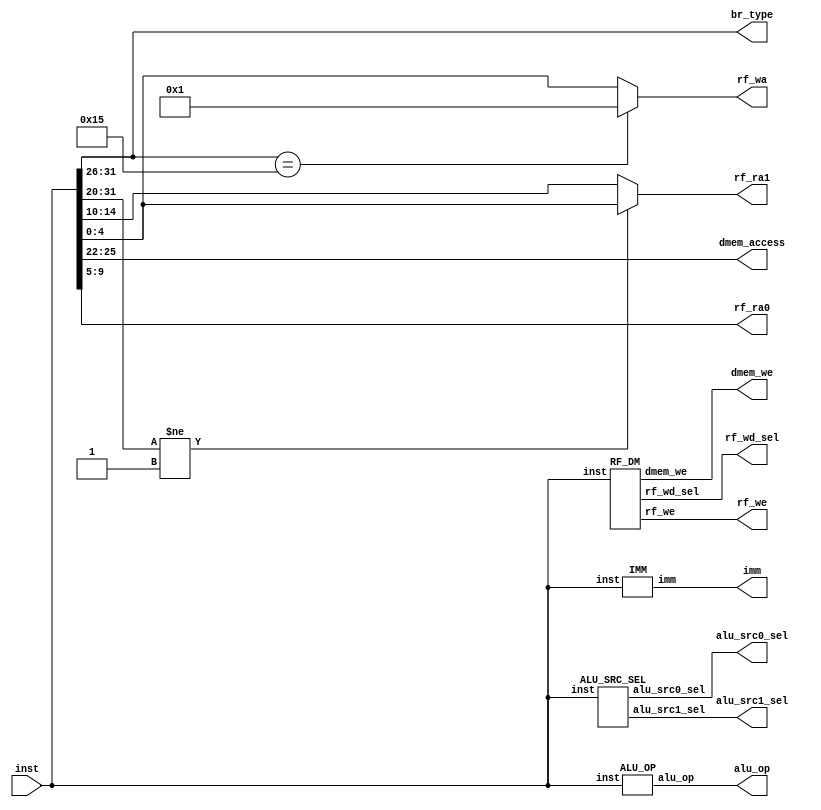
`define ADD_W       17'b0000_0000_0001_0000_0
`define ADDI_W      17'b0000_0010_10zz_zzzz_z
`define SUB_W       17'b0000_0000_0001_0001_0
`define SLT_        17'b0000_0000_0001_0010_0
`define SLTU_       17'b0000_0000_0001_0010_1
`define AND_        17'b0000_0000_0001_0100_1
`define OR_         17'b0000_0000_0001_0101_0
`define XOR_        17'b0000_0000_0001_0101_1
`define SLL_W       17'b0000_0000_0001_0111_0
`define SRL_W       17'b0000_0000_0001_0111_1
`define SRA_W       17'b0000_0000_0001_1000_0
`define SLLI_W      17'b0000_0000_0100_00_001
`define SRLI_W      17'b0000_0000_0100_01_001
`define SRAI_W      17'b0000_0000_0100_10_001
`define SLTI_       17'b0000_0010_00zz_zzzz_z
`define SLTUI_      17'b0000_0010_01zz_zzzz_z
`define ANDI_       17'b0000_0011_01zz_zzzz_z
`define ORI_        17'b0000_0011_10zz_zzzz_z
`define XORI_       17'b0000_0011_11zz_zzzz_z

`define LU12I_W     17'b0001_010z_zzzz_zzzz_z
`define PCADDU12I   17'b0001_110z_zzzz_zzzz_z

`define LD_B        17'b0010_1000_00zz_zzzz_z
`define LD_H        17'b0010_1000_01zz_zzzz_z
`define LD_W        17'b0010_1000_10zz_zzzz_z
`define ST_B        17'b0010_1001_00zz_zzzz_z
`define ST_H        17'b0010_1001_01zz_zzzz_z
`define ST_W        17'b0010_1001_10zz_zzzz_z
`define LD_BU       17'b0010_1010_00zz_zzzz_z
`define LD_HU       17'b0010_1010_01zz_zzzz_z
      
`define JIRL        17'b0100_11zz_zzzz_zzzz_z

`define B           17'b0101_00zz_zzzz_zzzz_z
`define BL          17'b0101_01zz_zzzz_zzzz_z

`define BEQ         17'b0101_10zz_zzzz_zzzz_z
`define BNE         17'b0101_11zz_zzzz_zzzz_z
`define BLT         17'b0110_00zz_zzzz_zzzz_z
`define BGE         17'b0110_01zz_zzzz_zzzz_z
`define BLTU        17'b0110_10zz_zzzz_zzzz_z
`define BGEU        17'b0110_11zz_zzzz_zzzz_z

// logic type
`define none                5'b11111

`define ADD                 5'B00000    
`define SUB                 5'B00010   
`define SLT                 5'B00100
`define SLTU                5'B00101
`define AND                 5'B01001
`define OR                  5'B01010
`define XOR                 5'B01011
`define SLL                 5'B01110   
`define SRL                 5'B01111    
`define SRA                 5'B10000  
`define SRC0                5'B10001
`define SRC1                5'B10010

module DECODER (
    input                   [31 : 0]            inst,

    output                  [ 4 : 0]            alu_op,

    output                  [ 3 : 0]            dmem_access,

    output                  [31 : 0]            imm,

    output                  [ 4 : 0]            rf_ra0,//rj
    output                  [ 4 : 0]            rf_ra1,//rkrd
    output                  [ 4 : 0]            rf_wa,
    output                  [ 0 : 0]            rf_we,
    output                  [ 1 : 0]            rf_wd_sel,

    output                  [ 0 : 0]            dmem_we,

    output                  [ 0 : 0]            alu_src0_sel,
    output                  [ 0 : 0]            alu_src1_sel,

    output                  [ 5 : 0]            br_type
);
    ALU_OP my_alu_op(
        .inst(inst),
        .alu_op(alu_op)
    );
    assign dmem_access = inst[25:22];
    IMM my_imm(
        .inst(inst),
        .imm(imm)
    );
    //rkra1rd
    assign rf_ra1 = (inst[31:20]!=12'b0000_0000_0001)?inst[4:0]:inst[14:10];
    //rjrj
    assign rf_ra0 = inst[9:5];
    //BL,rd1
    assign rf_wa = (inst[31:26]==6'b0101_01)?5'b1:inst[4:0];
    RF_DM my_rf_dm(
        .inst(inst),
        .rf_we(rf_we),
        .dmem_we(dmem_we),
        .rf_wd_sel(rf_wd_sel)
    );
    ALU_SRC_SEL my_alu_src_sel(
        .inst(inst),
        .alu_src0_sel(alu_src0_sel),
        .alu_src1_sel(alu_src1_sel)
    );
    assign br_type = inst[31:26];

endmodule

module ALU_OP(
    input                   [31 : 0]            inst,
    output        reg       [ 4 : 0]            alu_op
);
    always @(*) begin
        casez (inst[31:15])
            //19ALU
            `ADD_W,`ADDI_W        :alu_op = `ADD;
            `SUB_W               :alu_op = `SUB;
            `SLT_,`SLTI_      :alu_op = `SLT;
            `SLTU_,`SLTUI_    :alu_op = `SLTU;
            `AND_,`ANDI_      :alu_op = `AND;
            `OR_,`ORI_        :alu_op = `OR;
            `XOR_,`XORI_      :alu_op = `XOR;
            `SLL_W,`SLLI_W        :alu_op = `SLL;
            `SRL_W,`SRLI_W        :alu_op = `SRL;
            `SRA_W,`SRAI_W        :alu_op = `SRA;

            //
            `LU12I_W            :alu_op = `SRC1;
            //18ADD
            `PCADDU12I              :alu_op = `ADD;

            `LD_B,`LD_H,`LD_W,`ST_B,`ST_H,`ST_W,`LD_BU,`LD_HU   :alu_op = `ADD;
            `JIRL                                       :alu_op = `ADD;
            `B,`BL                                      :alu_op = `ADD;
            `BEQ,`BNE,`BLT,`BGE,`BLTU,`BGEU             :alu_op = `ADD;
            //
            default :alu_op = `none;
        endcase
    end
endmodule

module IMM(
    input                   [31 : 0]            inst,
    output       reg        [31 : 0]            imm
);
    always @(*) begin
        casez (inst[31:15])
            //si12
            `ADDI_W,`SLTI_,`SLTUI_                             
                :imm = {{20{inst[21]}},inst[21:10]};
            `LD_B,`LD_H,`LD_W,`ST_B,`ST_H,`ST_W,`LD_BU,`LD_HU       
                :imm = {{20{inst[21]}},inst[21:10]};

            //ui5
            `SLLI_W,`SRLI_W,`SRAI_W                            
                :imm = {{27{1'b0}},inst[14:10]};

            //ui12
            `ANDI_,`ORI_,`XORI_                                
                :imm = {{20{1'b0}},inst[21:10]};

            //si200
            `LU12I_W,`PCADDU12I                              
                :imm = {inst[24:5],{12'b0}};

            //offfs16
            `JIRL
                :imm = {{14{inst[25]}},inst[25:10],{2'b0}};
            `BEQ,`BNE,`BLT,`BGE,`BLTU,`BGEU
                :imm = {{14{inst[25]}},inst[25:10],{2'b0}};

            //offs26
            `B,`BL
                :imm = {{4{inst[9]}},inst[9:0],inst[25:10],2'b0};

            default                                         
                :imm = 32'b0;
        endcase
    end
endmodule
//
module RF_DM(
    input                   [31 : 0]            inst,
    output        reg       [ 0 : 0]            rf_we,
    output        reg       [ 0 : 0]            dmem_we,
    output        reg       [ 1 : 0]            rf_wd_sel
);
    //rf_we
    //1'b11'b0

    //rf_wd_sel
    //2'b00pc_add4
    //2'b01alu_res
    //2'b10dmem_rdata
    //2'b110
    always @(*) begin
        casez(inst[31:15])
            //ALU
            `ADD_W,`ADDI_W,`SUB_W,`SLT_,`SLTU_ ,`AND_,`OR_,`XOR_,`SLL_W,`SRL_W,`SRA_W,`SLLI_W,`SRLI_W,`SRAI_W,`SLTI_,`SLTUI_,`ANDI_,`ORI_,`XORI_,`LU12I_W,`PCADDU12I:begin
                rf_we = 1'b1;
                rf_wd_sel = 2'b01;
                dmem_we = 1'b0;
            end
            //Ldmem_rdata
            `LD_B,`LD_H,`LD_W,`LD_BU,`LD_HU:begin
                rf_we = 1'b1;
                rf_wd_sel = 2'b10;
                dmem_we = 1'b0;
            end
            //PC+4
            `JIRL,`BL:begin
                rf_we = 1'b1;
                rf_wd_sel = 2'b00;
                dmem_we = 1'b0;
            end
            //S
            `ST_B,`ST_H,`ST_W:begin
                rf_we = 1'b0;
                rf_wd_sel = 2'b11;
                dmem_we = 1'b1;
            end
            //,
            `B:begin
                rf_we = 1'b0;
                rf_wd_sel = 2'b11;
                dmem_we = 1'b0;
            end
            `BEQ,`BNE,`BLT,`BGE,`BLTU,`BGEU:begin
                rf_we = 1'b0;
                rf_wd_sel = 2'b11;
                dmem_we = 1'b0;
            end
                    
            default :begin
                rf_we = 1'b0;
                rf_wd_sel = 2'b11;
                dmem_we = 1'b0;
            end
        endcase
    end
endmodule

module ALU_SRC_SEL(
    input                   [31 : 0]            inst,
    output        reg       [ 0 : 0]            alu_src0_sel,
    output        reg       [ 0 : 0]            alu_src1_sel
);
//alu_src0_sel,01PC
//alu_src1_sel,01
    always @(*) begin
        casez(inst[31:15]) 
            //rjrk
            `ADD_W,`SUB_W,`SLT_,`SLTU_,`AND_,`OR_,`XOR_,`SLL_W,`SRL_W,`SRA_W:begin
                alu_src0_sel = 1'b0;
                alu_src1_sel = 1'b0;
            end
            
            
            //rj
            `SLLI_W,`SRLI_W,`SRAI_W,`SLTI_,`SLTUI_,`ADDI_W,`ANDI_,`ORI_,`XORI_:begin
                alu_src0_sel = 1'b0;
                alu_src1_sel = 1'b1;
            end
            `LD_B,`LD_H,`LD_W,`ST_B,`ST_H,`ST_W,`LD_BU,`LD_HU:begin
                alu_src0_sel = 1'b0;
                alu_src1_sel = 1'b1;
            end
            `JIRL:begin
                alu_src0_sel = 1'b0;
                alu_src1_sel = 1'b1;
            end

            //
            `LU12I_W:begin
                    alu_src0_sel = 1'b0;
                    alu_src1_sel = 1'b1;
            end
            `BEQ,`BNE,`BLT,`BGE,`BLTU,`BGEU:begin
                alu_src0_sel = 1'b1;
                alu_src1_sel = 1'b1;
            end

        //PC
            `PCADDU12I:begin
                alu_src0_sel = 1'b1;
                alu_src1_sel = 1'b1;
            end
            `B,`BL:begin
                alu_src0_sel = 1'b1;
                alu_src1_sel = 1'b1;
            end
            

        //
            default :begin
                alu_src0_sel = 1'b1;
                alu_src1_sel = 1'b0;
            end
        endcase
    end
endmodule